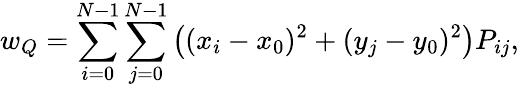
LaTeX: w_{Q}=\sum_{i=0}^{N-1}\sum_{j=0}^{N-1}\left((x_{i}-x_{0})^{2}+(y_{j}-y_{0})^{2}\right)P_{ij},